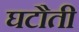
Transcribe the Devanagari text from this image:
घटौती